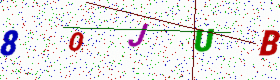
Text: 80JUB